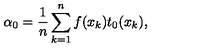
\alpha _ { 0 } = \frac { 1 } { n } \sum _ { k = 1 } ^ { n } f ( x _ { k } ) t _ { 0 } ( x _ { k } ) ,